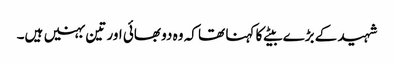
شہید کے بڑے بیٹے کا کہنا تھا کہ وہ دو بھائی اور تین بہنیں ہیں۔